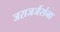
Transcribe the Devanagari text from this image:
जराजर्जरांना